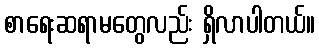
စာရေးဆရာမတွေလည်း ရှိလာပါတယ်။